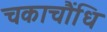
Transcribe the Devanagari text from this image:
चकाचौंधि